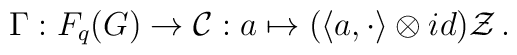
\Gamma : F_q(G) \rightarrow {\cal C}:a \mapsto (\langle a,\cdot\rangle\otimes id){\cal Z}\,.